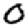
Digit: 0